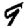
Digit: 9